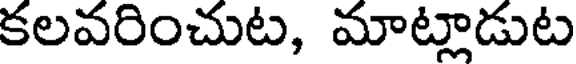
కలవరించుట, మాట్లాడుట